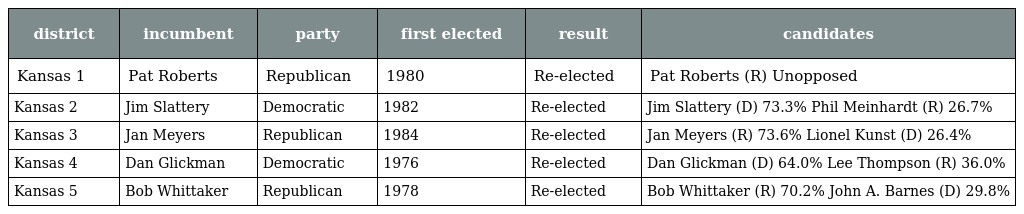
| district | incumbent | party | first elected | result | candidates |
 | --- | --- | --- | --- | --- | --- |
 | Kansas 1 | Pat Roberts | Republican | 1980 | Re-elected | Pat Roberts (R) Unopposed |
 | Kansas 2 | Jim Slattery | Democratic | 1982 | Re-elected | Jim Slattery (D) 73.3% Phil Meinhardt (R) 26.7% |
 | Kansas 3 | Jan Meyers | Republican | 1984 | Re-elected | Jan Meyers (R) 73.6% Lionel Kunst (D) 26.4% |
 | Kansas 4 | Dan Glickman | Democratic | 1976 | Re-elected | Dan Glickman (D) 64.0% Lee Thompson (R) 36.0% |
 | Kansas 5 | Bob Whittaker | Republican | 1978 | Re-elected | Bob Whittaker (R) 70.2% John A. Barnes (D) 29.8% |